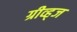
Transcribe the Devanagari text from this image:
ग्रीव्ह्‌ज